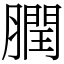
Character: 膶